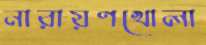
নারায়ণখোলা